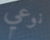
نوعي